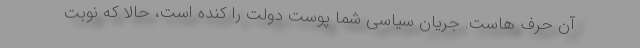
آن حرف هاست. جریان سیاسی شما پوست دولت را کنده است، حالا که نوبت